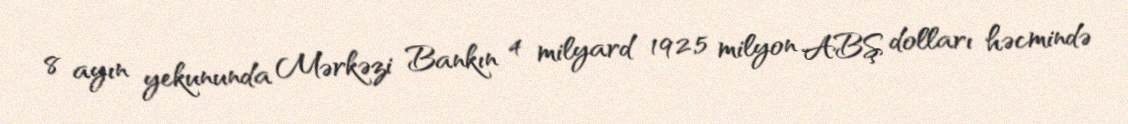
8 ayın yekununda Mərkəzi Bankın 4 milyard 192,5 milyon ABŞ dolları həcmində